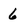
Character: 6